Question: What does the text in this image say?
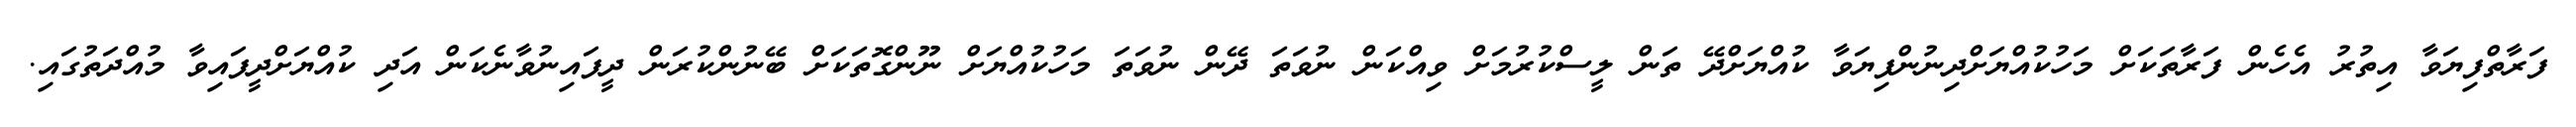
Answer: ފަރާތްފިޔަވާ އިތުރު އެހެން ފަރާތަކަށް މަހުކުއްޔަށްދިނުންފިޔަވާ ކުއްޔަށްދޭ ތަން ލީސްކުރުމަށް ވިއްކަން ނުވަތަ ދޭން ނުވަތަ މަހުކުއްޔަށް ނޫންގޮތަކަށް ބޭނުންކުރަން ދީފައިނުވާނެކަން އަދި ކުއްޔަށްދީފައިވާ މުއްދަތުގައި.